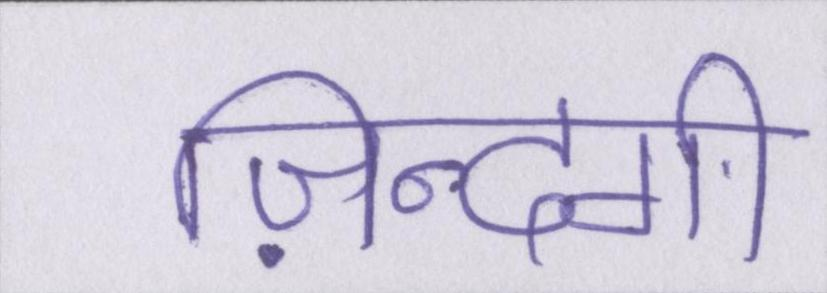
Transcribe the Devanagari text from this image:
ज़िन्दगी